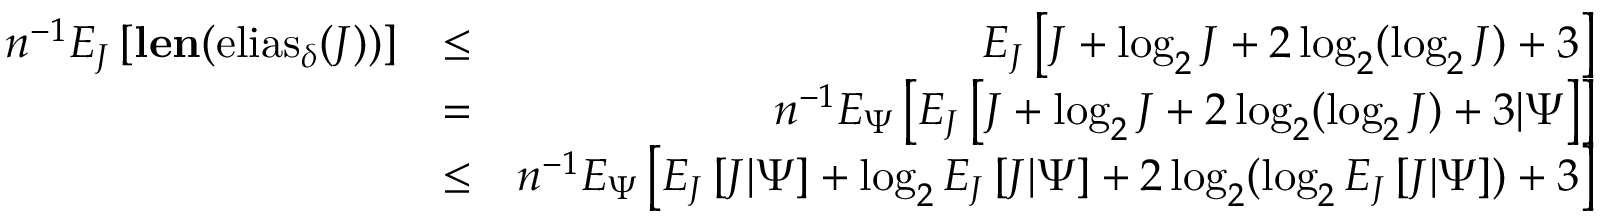
\begin{array} { r l r } { n ^ { - 1 } E _ { J } \left[ { \mathbf { l e n } ( \mathrm { e l i a s } _ { \delta } ( J ) ) } \right] } & { \leq } & { E _ { J } \left[ J + \log _ { 2 } J + 2 \log _ { 2 } ( \log _ { 2 } J ) + 3 \right] } \\ & { = } & { n ^ { - 1 } E _ { \Psi } \left[ E _ { J } \left[ J + \log _ { 2 } J + 2 \log _ { 2 } ( \log _ { 2 } J ) + 3 | \Psi \right] \right] } \\ & { \leq } & { n ^ { - 1 } E _ { \Psi } \left[ E _ { J } \left[ J | \Psi \right] + \log _ { 2 } E _ { J } \left[ J | \Psi \right] + 2 \log _ { 2 } ( \log _ { 2 } E _ { J } \left[ J | \Psi \right] ) + 3 \right] } \end{array}